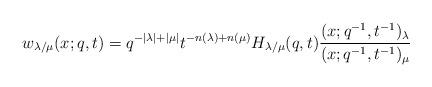
LaTeX: \begin{align*}w_{\lambda/\mu}(x; q,t) = q^{-|\lambda|+|\mu|} t^{-n(\lambda)+n(\mu)} H_{\lambda/\mu}(q, t) \dfrac{ (x;q^{-1}, t^{-1})_{\lambda} }{ (x;q^{-1}, t^{-1})_{\mu} } \end{align*}